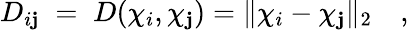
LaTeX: D_{i\mathbf{j}}\; =\; D({\mathbf{\chi}}_{i},{\mathbf{\chi}}_{\mathbf{j}})=\| {\mathbf{\chi}}_{i}-{\mathbf{\chi}}_{\mathbf{j}}\| _{2}\quad,